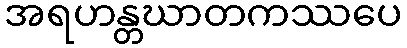
အရဟန္တဃာတကဿပေ